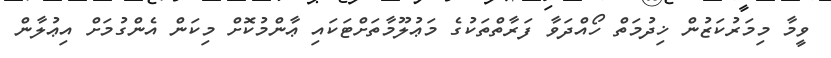
ވީމާ މިމަރުކަޒުން ޚިދުމަތް ހޯއްދަވާ ފަރާތްތަކުގެ މަޢުލޫމާތަށްޓަކައި ޢާންމުކޮށް މިކަން އެންގުމަށް އިޢުލާން